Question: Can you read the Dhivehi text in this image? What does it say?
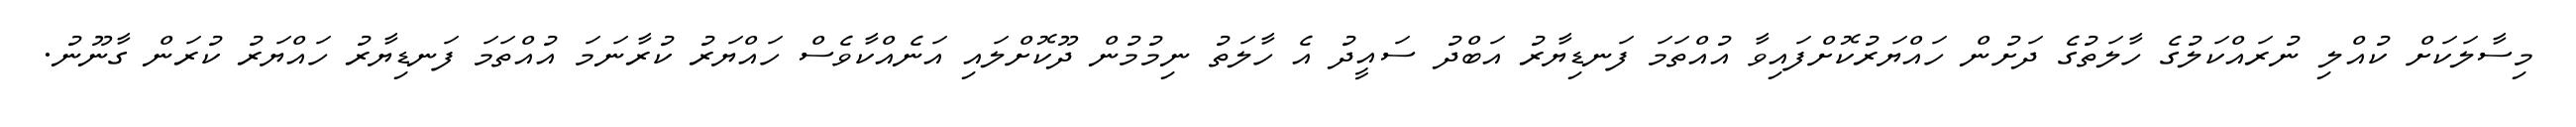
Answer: މިސާލަކަށް ކުއްލި ނުރައްކަލުގެ ހާލަތުގެ ދަށުން ހައްޔަރުކޮށްފައިވާ އުއްތަމަ ފަނޑިޔާރު އަބްދު ސައީދު އެ ހާލަތު ނިމުމުން ދޫކޮށްލައި އަނެއްކާވެސް ހައްޔަރު ކުރާނަމަ އުއްތަމަ ފަނޑިޔާރު ހައްޔަރު ކުރަން ގާނޫނު.